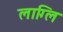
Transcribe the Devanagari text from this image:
लाग्लि